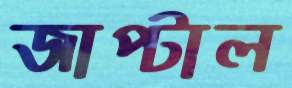
জাপ্‌টাল